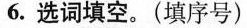
6.选词填空。(填序号)